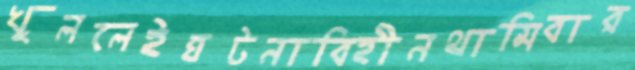
খুললেইঘটনাবিহীনথামিবার